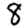
Digit: 8